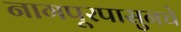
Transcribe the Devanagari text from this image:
नागपूरपासुनचे